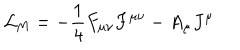
LaTeX: { \cal L } _ { \mathrm { M } } = - \frac { 1 } { 4 } F _ { \mu \nu } F ^ { \mu \nu } - A _ { \mu } J ^ { \mu }